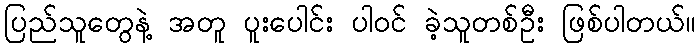
ပြည်သူတွေနဲ့ အတူ ပူးပေါင်း ပါဝင် ခဲ့သူတစ်ဦး ဖြစ်ပါတယ်။